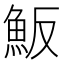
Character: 魬